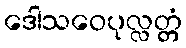
ဒေါသဝေပုလ္လတ္တံ